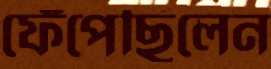
ফেঁপেছিলেন